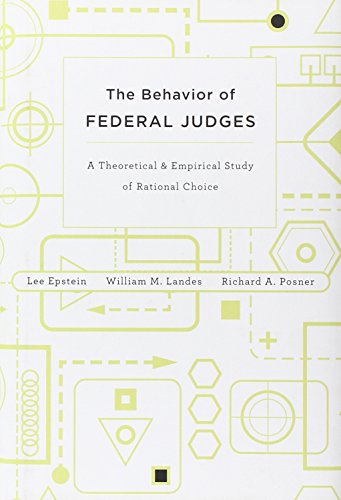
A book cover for The Behavior of Federal Judges: A Theoretical and Empirical Study of Rational Choice; Lee Epstein; Law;